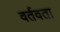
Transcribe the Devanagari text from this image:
वर्तवता